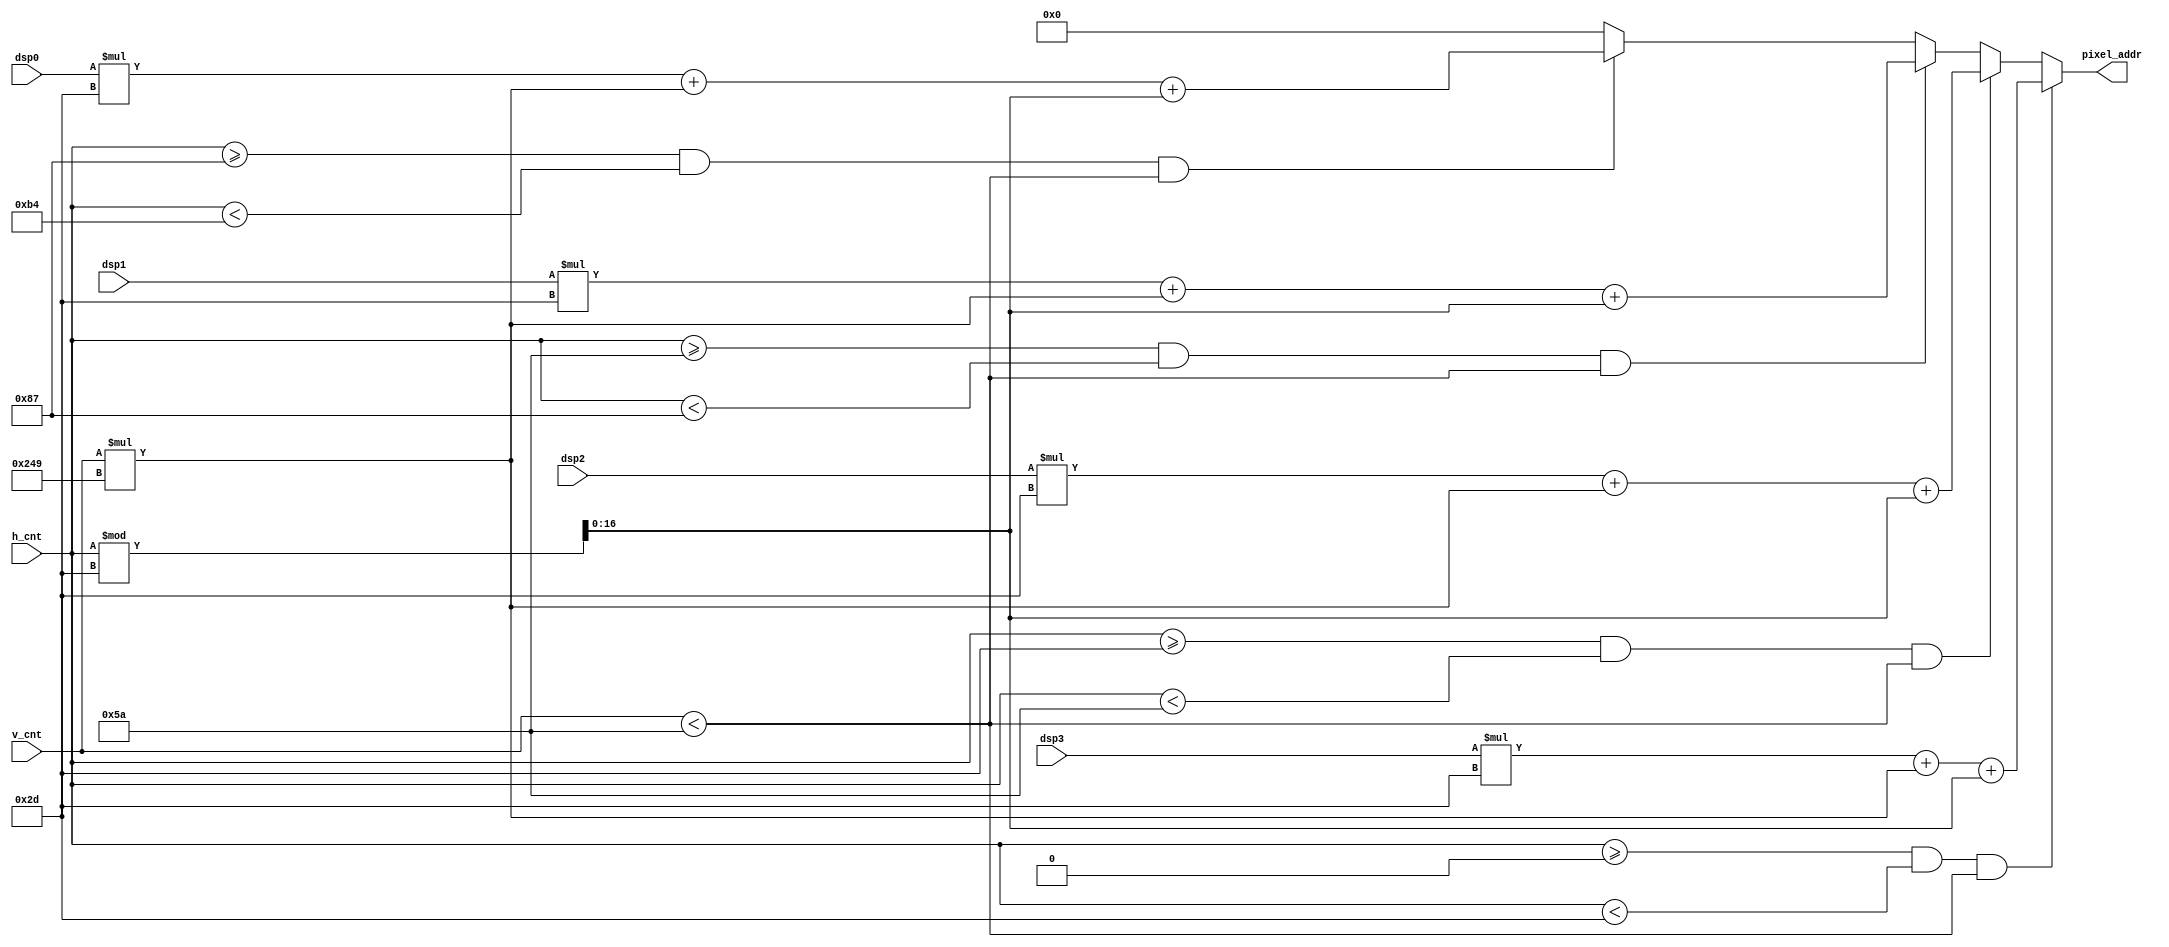
module mem_addr_gen(
   input [3:0]dsp0,
   input [3:0]dsp1,
   input [3:0]dsp2,
   input [3:0]dsp3,
   input [9:0] h_cnt,
   input [9:0] v_cnt,
   output reg [16:0]pixel_addr
   );
    
    always@*
    if(h_cnt >= 0 && h_cnt <45 && v_cnt < 90 )
        pixel_addr= dsp3*45 + v_cnt*585 +h_cnt % 45;
    else if(h_cnt >= 45 && h_cnt <90 && v_cnt < 90 )
        pixel_addr= dsp2*45 + v_cnt*585+h_cnt % 45;
    else if(h_cnt >= 90 && h_cnt <135 && v_cnt < 90 )
        pixel_addr= dsp1*45 + v_cnt*585+h_cnt % 45;
    else if(h_cnt >= 135 && h_cnt <180 && v_cnt < 90 )
        pixel_addr= dsp0*45 + v_cnt*585+h_cnt % 45;
    else
        pixel_addr= 0;
    
endmodule